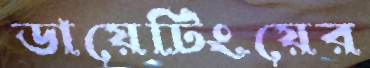
ডায়েটিংয়ের